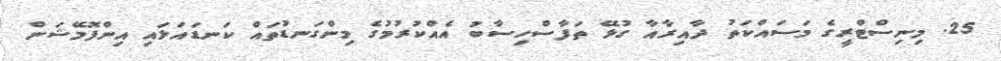
25. މިނިސްޓްރީގެ މަސައްކަތު ދާއިރާއާ ގުޅޭ ތަފާސްހިސާބު އެއްކުރުމުގެ މިންގަނޑުތައް ކަނޑައަޅައި އިންފޮމޭޝަން